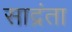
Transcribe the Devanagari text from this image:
साद्रंता